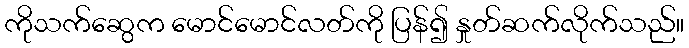
ကိုသက်ဆွေက မောင်မောင်လတ်ကို ပြန်၍ နှုတ်ဆက်လိုက်သည်။